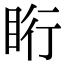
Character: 䀪